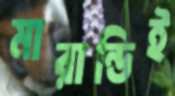
মারান্ডিই